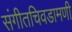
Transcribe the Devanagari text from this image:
संगीतचिवडामणी